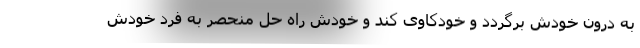
به درون خودش برگردد و خودکاوی کند و خودش راه حل منحصر به فرد خودش